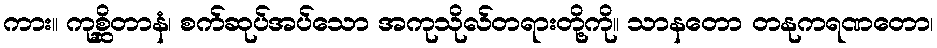
ကား။ ကုစ္ဆိတာနံ၊ စက်ဆုပ်အပ်သော အကုသိုလ်တရားတို့ကို။ သာနတော တနုကရဏတော၊